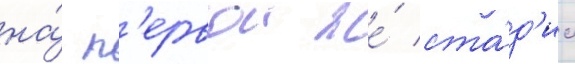
на́ п'ервои же́ ста́д'ии